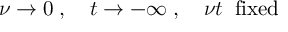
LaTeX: \nu \rightarrow 0 \; , \quad t \rightarrow - \infty \; , \quad \nu t \; \; \mathrm { f i x e d }